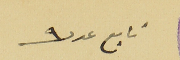
تابع عدد ٩